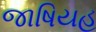
જાષિયહ